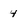
Character: 4